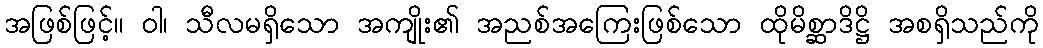
အဖြစ်ဖြင့်။ ဝါ၊ သီလမရှိသော အကျိုး၏ အညစ်အကြေးဖြစ်သော ထိုမိစ္ဆာဒိဋ္ဌိ အစရှိသည်ကို